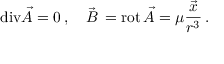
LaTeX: \mathrm { d i v } \vec { A } = 0 \, , \quad \vec { B } \, = \mathrm { r o t } \, \vec { A } = \mu \frac { \vec { x } } { r ^ { 3 } } \, .